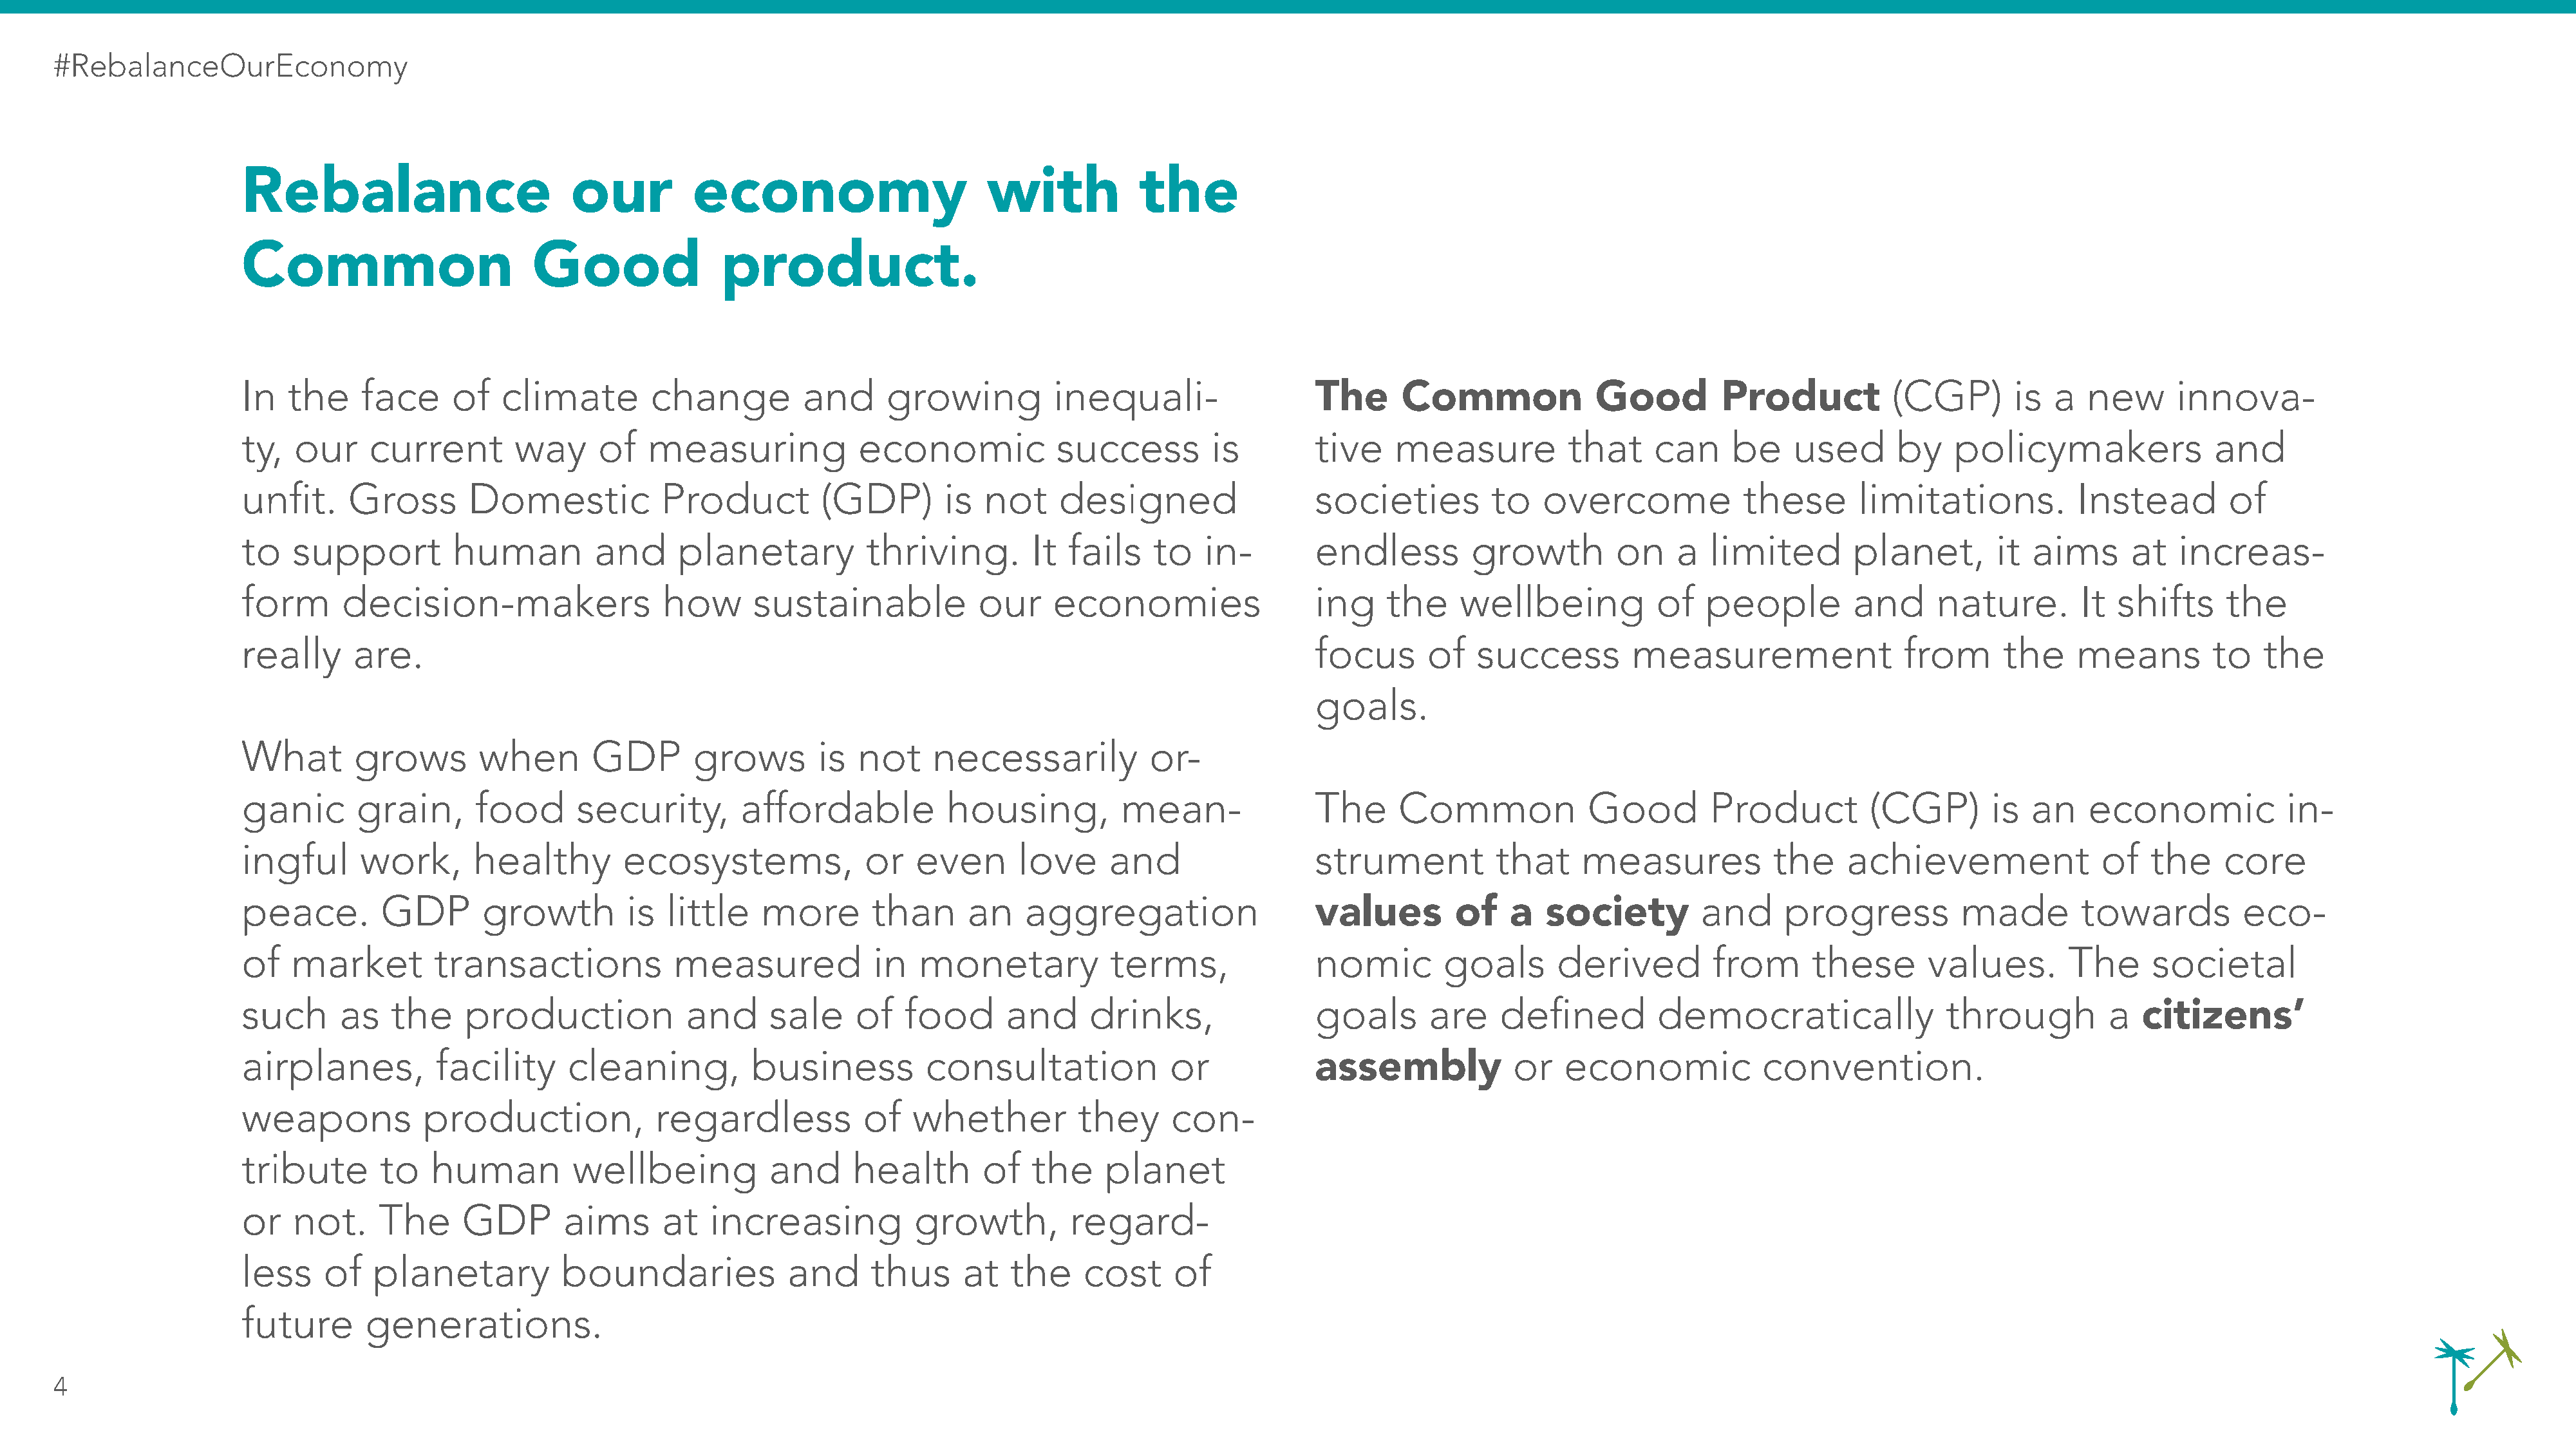
#RebalanceOurEconomy
 Rebalance                         our         economy                       with            the
 Common                        Good               product.
 In   the    face     of    climate        change         and      growing          inequali-                  The      Common              Good         Product          (CGP)        is  a   new      innova-
 ty,  our     current        way     of    measuring            economic             success         is        tive    measure           that     can     be    used       by    policymakers               and
 unfit.     Gross       Domestic            Product         (GDP)        is  not     designed                  societies         to    overcome            these       limitations.           Instead        of
 to   support          human         and      planetary          thriving.        It  fails    to   in-        endless         growth         on    a   limited       planet,        it  aims      at   increas-
 form      decision-makers                  how      sustainable             our    economies                  ing     the    wellbeing           of   people         and      nature.        It  shifts     the
 really     are.                                                                                               focus       of   success         measurement                 from      the    means         to    the
 goals.
 What       grows        when        GDP       grows        is  not     necessarily           or-
 ganic       grain,      food      security,        affordable           housing,          mean-               The      Common             Good         Product         (CGP)        is  an    economic            in-
 ingful      work,       healthy        ecosystems,              or   even       love     and                  strument           that     measures           the     achievement               of   the     core
 peace.        GDP        growth        is   little   more        than     an    aggregation                   values         of   a   society         and     progress           made        towards          eco-
 of   market         transactions            measured             in  monetary            terms,               nomic        goals       derived         from      these       values.        The     societal
 such      as   the     production            and      sale     of   food      and      drinks,                goals       are    defined         democratically                through          a  citizens’
 airplanes,          facility     cleaning,          business          consultation             or             assembly             or   economic            convention.
 weapons           production,             regardless            of   whether          they     con-
 tribute       to   human          wellbeing           and      health       of   the     planet
 or   not.     The     GDP        aims      at   increasing           growth,         regard-
 less    of   planetary           boundaries             and      thus     at   the    cost      of
 future       generations.
 4